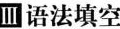
Ⅲ语法填空